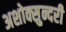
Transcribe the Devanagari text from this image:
अशोक्सुन्दरी